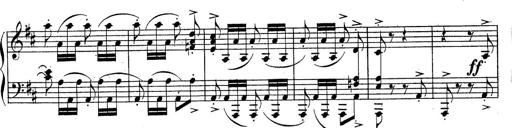
Title: Sonatine No.3
Composer: Peter Piel
Key: D major